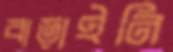
বাড়াইনি